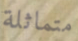
متماثلة